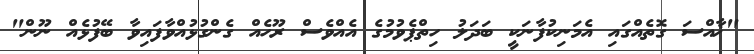
"ޚާއްސަ ގޮތެއްގައި އެމަނިކުފާނަކީ ބަދަލު ހިތްޕެވުމުގެ އެއްވެސް ރޫހެއް ގެންގުޅުއްވާފައިވާ ބޭފުޅެއް ނޫން"